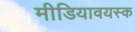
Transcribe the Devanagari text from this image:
मीडियावयस्क